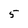
Character: 5